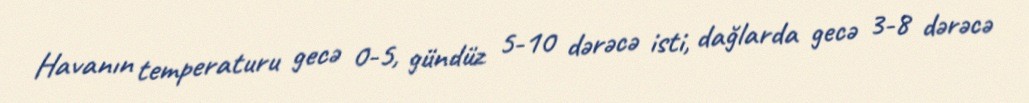
Havanın temperaturu gecə 0-5, gündüz 5-10 dərəcə isti, dağlarda gecə 3-8 dərəcə